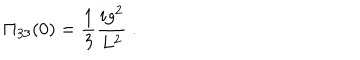
LaTeX: \Pi _ { 3 3 } ( 0 ) = \frac { 1 } { 3 } \frac { i g ^ { 2 } } { L ^ { 2 } } \ .